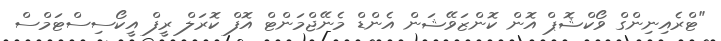
"ޓްރެއިނިންގް ވޯކްޝޮޕް އޮން ކޮންޒަވޭޝަން އެންޑް މެނޭޖްމަންޓް އޮފް ކޮރަލް ރީފް އީކޯސިސްޓަމްސް